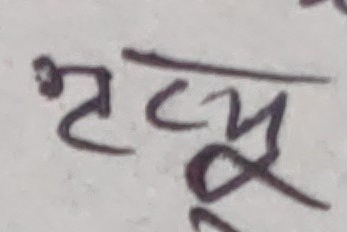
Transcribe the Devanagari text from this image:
दृजु